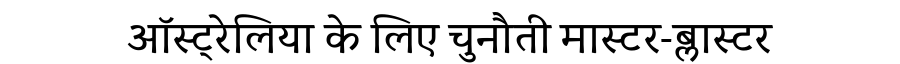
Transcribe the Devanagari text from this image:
ऑस्ट्रेलिया के लिए चुनौती मास्टर-ब्लास्टर